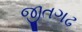
જીતગઢ